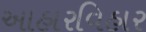
આહારવિહાર